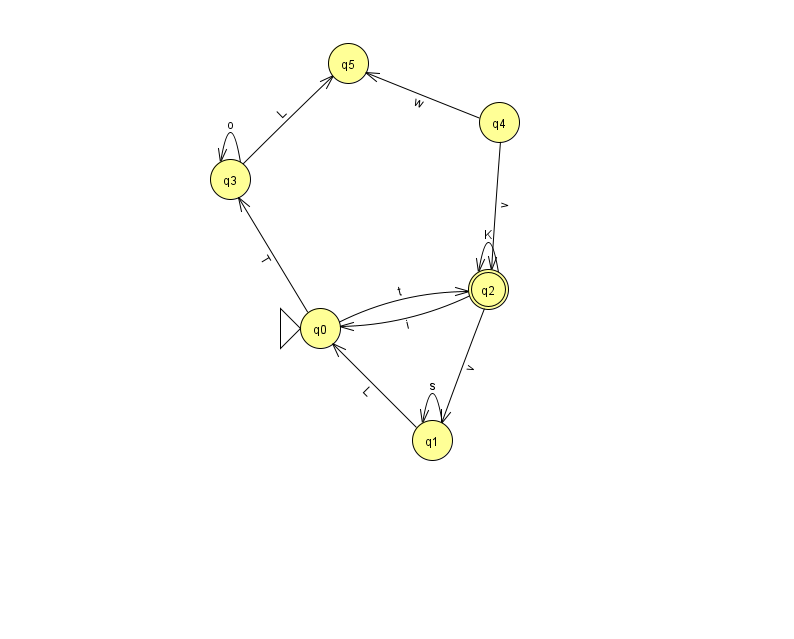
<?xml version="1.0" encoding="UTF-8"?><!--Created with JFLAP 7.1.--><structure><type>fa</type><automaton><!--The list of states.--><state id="0" name="q0"><x>320.0</x><y>315.0</y><initial/></state><state id="1" name="q1"><x>432.0</x><y>427.0</y></state><state id="2" name="q2"><x>488.0</x><y>276.0</y><final/></state><state id="3" name="q3"><x>230.0</x><y>166.0</y></state><state id="4" name="q4"><x>499.0</x><y>109.0</y></state><state id="5" name="q5"><x>348.0</x><y>50.0</y></state><!--The list of transitions.--><transition><from>2</from><to>0</to><read>i</read></transition><transition><from>2</from><to>1</to><read>v</read></transition><transition><from>4</from><to>2</to><read>v</read></transition><transition><from>1</from><to>0</to><read>L</read></transition><transition><from>1</from><to>1</to><read>s</read></transition><transition><from>3</from><to>5</to><read>L</read></transition><transition><from>4</from><to>5</to><read>w</read></transition><transition><from>2</from><to>2</to><read>K</read></transition><transition><from>0</from><to>2</to><read>t</read></transition><transition><from>0</from><to>3</to><read>T</read></transition><transition><from>3</from><to>3</to><read>o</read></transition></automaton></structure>